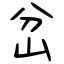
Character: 岔